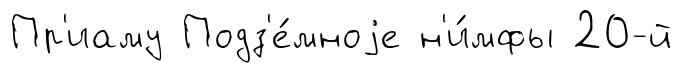
Пр'иаму Подз'е́мноjе н'и́мфы 20-й